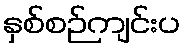
နှစ်စဉ်ကျင်းပ